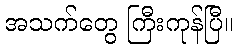
အသက်တွေ ကြီးကုန်ပြီ။